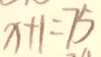
x + 1 = 7 5